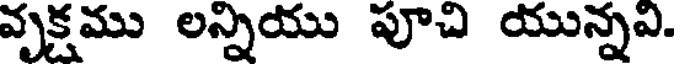
వృక్షము లన్నియు పూచి యున్నవి.